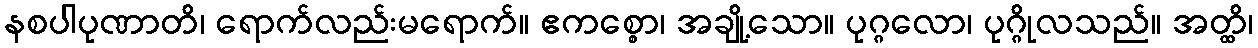
နစပါပုဏာတိ၊ ရောက်လည်းမရောက်။ ဧကစ္စော၊ အချို့သော။ ပုဂ္ဂလော၊ ပုဂ္ဂိုလသည်။ အတ္ထိ၊